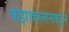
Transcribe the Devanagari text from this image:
कझाकस्तानकडून